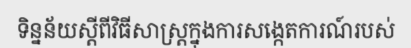
ទិន្នន័យស្តីពីវិធីសាស្ត្រក្នុងការសង្កេតការណ៍របស់